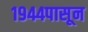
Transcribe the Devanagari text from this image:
१९४४पासून